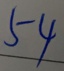
5 4